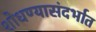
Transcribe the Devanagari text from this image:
शोधण्यासंदर्भात